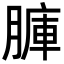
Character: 𦟏